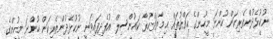
ނުކުޅެދުންތެރިކަން ހުންނަ މީހުންގެ ޙައްޤުތައް ޙިމާޔަތްކުރާ ކައުންސިލް އުފެދިފައިވަނީ ނުކުޅެދުންތެރިކަން ހުންނަ މީހުންގެ